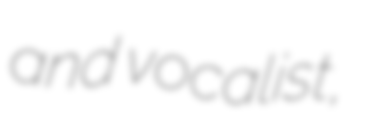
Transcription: and vocalist,